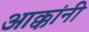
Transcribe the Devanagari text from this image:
आक्कांनी